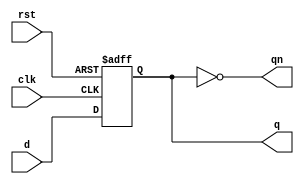
module dff(input clk, input rst, input d, output reg q, output reg qn);
	assign qn = ~q;
	always @ (posedge clk or negedge rst)
		if(!rst)
			q <= 0;
		else
			q <= d;
endmodule